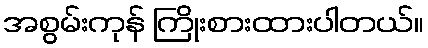
အစွမ်းကုန် ကြိုးစားထားပါတယ်။